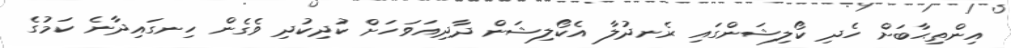
އިންތިޙާބަށް ހެދި ކޯލިޝަންގައި ރެނދުލާ އެކޯލިޝަން ދާދިއަވަހަށް ކުދިކުދި ވެގެން ހިނގައިދާނެ ކަމުގެ